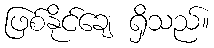
ဖြစ်နိုင်ချေ ရှိသည်။